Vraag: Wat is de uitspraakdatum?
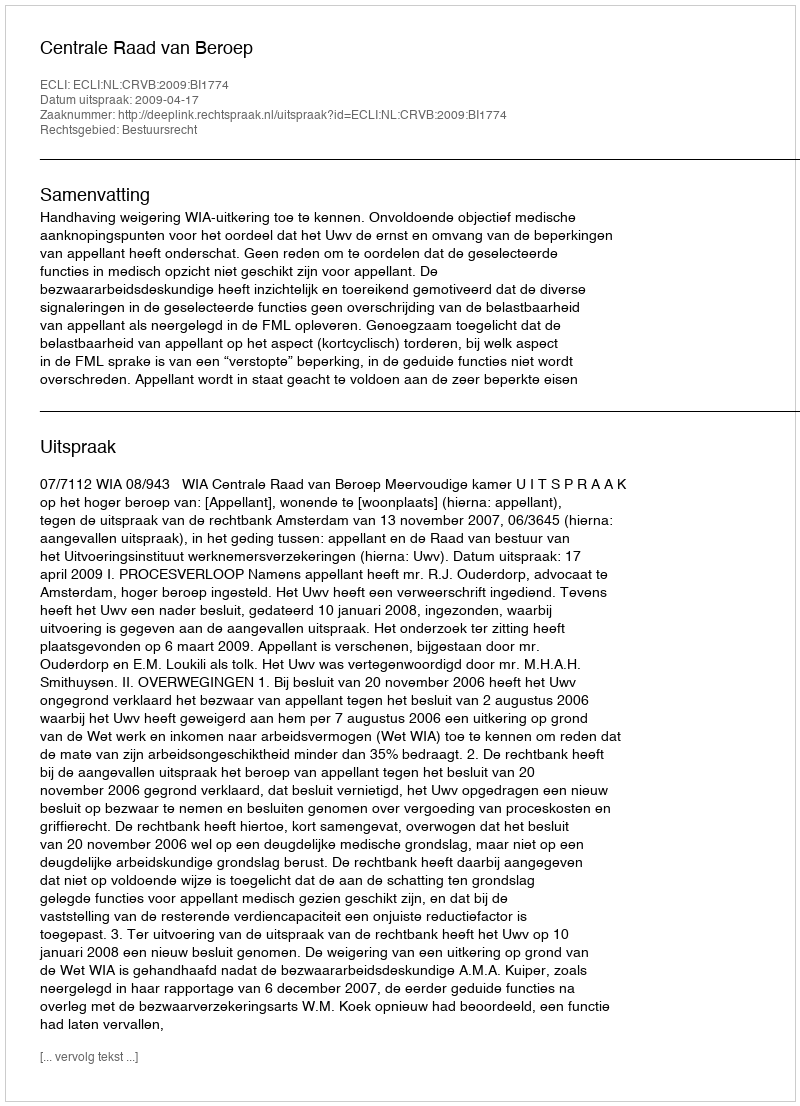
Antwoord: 2009-04-17